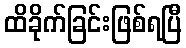
ထိခိုက်ခြင်းဖြစ်ရပြီ